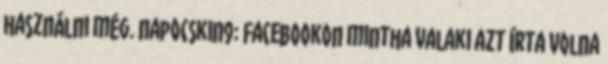
használni még. napocskin9: Facebookon mintha valaki azt írta volna